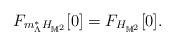
LaTeX: \begin{align*} F_{m_{\Lambda}^{*}H_{\mathbb{M}^2}}[0] = F_{H_{\mathbb{M}^2}}[0]. \end{align*}